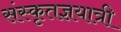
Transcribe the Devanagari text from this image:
संस्कृतज्ञयात्री